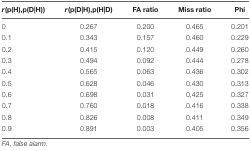
| r(p(H),p(D|H)) | r(p(D|H),p(H|D) | FA ratio | Miss ratio | Phi |
 | --- | --- | --- | --- | --- |
 | 0 | 0.267 | 0.200 | 0.465 | 0.201 |
 | 0.1 | 0.343 | 0.157 | 0.460 | 0.229 |
 | 0.2 | 0.415 | 0.120 | 0.449 | 0.260 |
 | 0.3 | 0.494 | 0.092 | 0.444 | 0.278 |
 | 0.4 | 0.565 | 0.063 | 0.436 | 0.302 |
 | 0.5 | 0.628 | 0.046 | 0.430 | 0.313 |
 | 0.6 | 0.698 | 0.031 | 0.425 | 0.327 |
 | 0.7 | 0.760 | 0.018 | 0.416 | 0.338 |
 | 0.8 | 0.826 | 0.008 | 0.411 | 0.349 |
 | 0.9 | 0.891 | 0.003 | 0.405 | 0.356 |